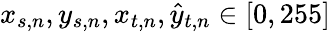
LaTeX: {{x}}_{s,n},{{y}}_{s,n},{{x}}_{t,n},\hat{{y}}_{t,n}\in[0,255]